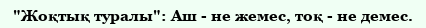
"Жоқтық туралы": Аш - не жемес, тоқ - не демес.